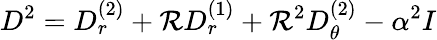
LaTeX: D^{2}=D_{r}^{(2)}+\mathcal{R}D_{r}^{(1)}+\mathcal{R}^{2}D_{\theta}^{(2)}-\alpha^{2}I